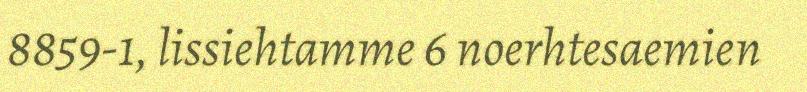
8859-1, lissiehtamme 6 noerhtesaemien